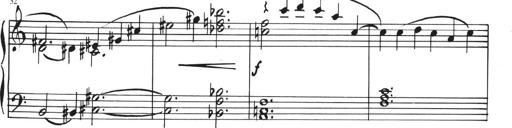
Title: Sonatina in E major
Composer: Paul von Klenau
Key: E major